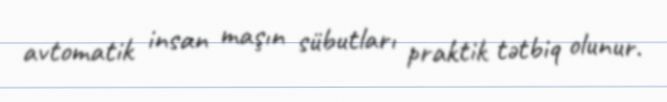
avtomatik insan maşın sübutları praktik tətbiq olunur.